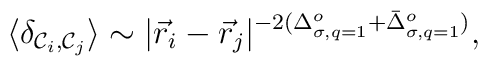
\langle \delta_{{\cal{C}}_i,{\cal{C}}_j} \rangle \sim         |{\vec{r}}_i- {\vec{r}}_j|^{-2(\Delta_{\sigma,q=1}^{o}               + {\bar{\Delta}}_{\sigma,q=1}^{o})},